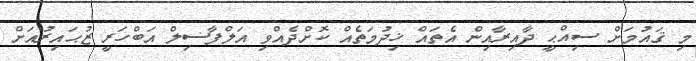
މި ޤައުމަށް ސިއްޙީ ދާއިރާއިން އެތައް ޚިދުމަތެއް ކޮށްދެއްވި އަލްފާޟިލް އަބްހަރީ ޒުޙައިރުއަށް